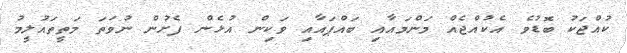
ކުއްޖަކު ބޮޑުވެ އެކުއްޖެއް މަންމައާއި ބައްޕައާއި ވަކިން އުޅެން ފެށުން ނުވަތަ މަތީތައުލީމު